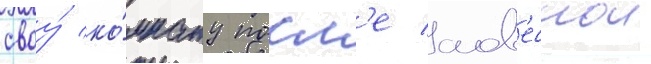
своу́ ко́мнату посл'е слов'еснои